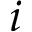
i